Report on the cultivation and use of ganja
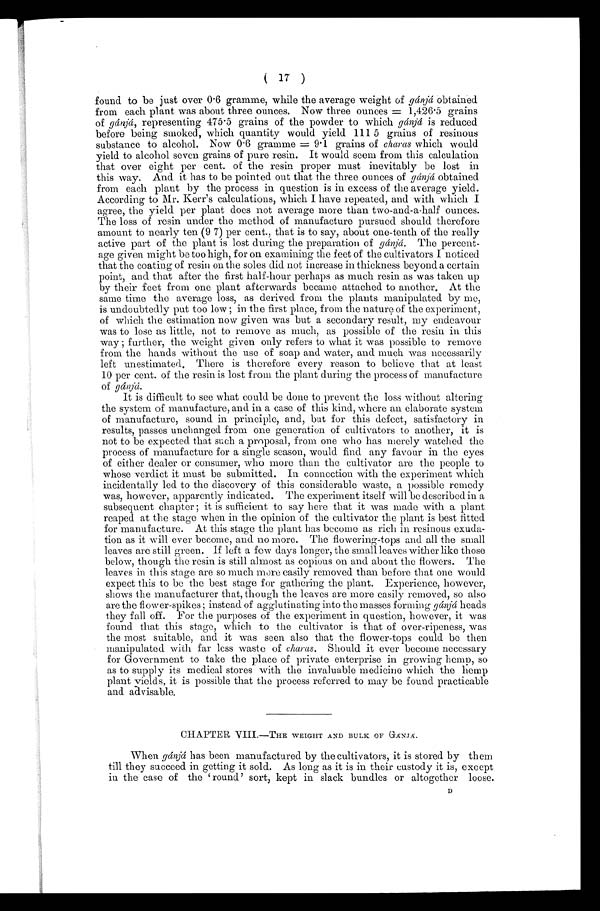
( 17 )
found to be just over 0 . 6 gramme, while the average weight of gánjá obtained
from each plant was about three ounces. Now three ounces 1,426 . 5 grains
of gánjá, representing 475 . 5 grains of the powder to which gánjá is reduced
before being smoked, which quantity would yield 111 5 grains of resinous
substance to alcohol. Now 0 . 6 gramme=9 . 1 grains of charas which would
yield to alcohol seven grains of pure resin. It would seem from this calculation
that over eight per cent. of the resin proper must inevitably be lost in
this way. And it has to be pointed out that the three ounces of gánjá obtained
from each. plant by the process in question is in excess of the average yield.
According to Mr. Kerr's calculations, which I have repeated, and with which I
agree, the yield per plant does not average more than two-and-a-half ounces.
The loss of resin under the method of manufacture pursued should therefore
amount to nearly ten (9 7) per cent., that is to say, about one-tenth of the really
active part of the plant is lost during the preparation of gánjá. The percent-
age given might be too high, for on examining the feet of the cultivators I noticed
that the coating of resin on the soles did not increase in thickness beyond a certain
point, and that after the first half-hour perhaps as much resin as was taken up
by their feet from one plant afterwards became attached to another. At the
same time the average loss, as derived from the plants manipulated by me,
is undoubtedly put too low ; in the first place, from the nature of the experiment,
of which the estimation now given was but a secondary result, my endeavour
was to lose as little, not to remove as much, as possible of the resin in this
way ; further, the weight given only refers to what it was possible to remove
from the hands without the use of soap and water, and. much was necessarily
left unestimated. There is therefore every reason to believe that at least
10 per cent. of the resin is lost from the plant during the process of manufacture
of gd»jci.
It is difficult to see what could be done to prevent the loss without altering
the system of manufacture, and in a case of this kind, where an elaborate system
of manufacture, sound in principle, and, but for this defect, satisfactory in
results, passes unchanged from one generation of cultivators to another, it is
not to be expected that such a proposal, from one who has merely watched the
process of manufacture for a single season, would find any favour in the eyes
of either dealer or consumer, who more than the cultivator are the people to
whose verdict it must be submitted. In connection with the experiment which
incidentally led to the discovery of this considerable waste, a possible remedy
was, however, apparently indicated. The experiment itself will be described in a
subsequent chapter ; it is sufficient to say here that it was made with a plant
reaped. at the stage when in the opinion of the cultivator the plant is best fitted
for manufacture. At this stage the plant has become as rich in resinous exuda-
tion as it will ever become, and no more. The flowering-tops and all the small
leaves are still green. If left a few days longer, the small leaves wither like those
below, though the resin is still almost as copious on and about the flowers. The
leaves in this stage are so much more easily removed than before that one would
expect this to be the best stage for gathering the plant. Experience, however,
shows the manufacturer that, though the leaves are more easily removed, so also
are the flow er-spikes instead. of agglutinating into the masses forming ganjd heads
they fall off. For the purposes of the experiment in question, however, it was
found that this stage, which to the cultivator is that of over-ripeness, was
the most suitable, and it was seen also that the flower-tops could be then
manipulated with far less waste of charas. Should it ever become necessary
for Government to take the place of private enterprise in growing hemp, so
as to supply its medical stores with the invaluable medicine which the hemp
plant yields, it is possible that the process referred to may be found practicable
and advisable.
CHAPTER VIII.—THE WEIGHT AND BULK OF GANJA.
When gdn,Kt has been manufactured by the cultivators, it is stored by them
till they succeed in getting it sold. As long as it is in their custody it is, except
in the case of the round' sort, kept in slack bundles or altogether loose.